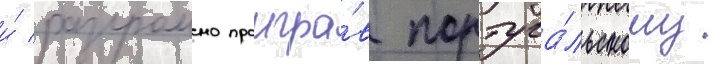
и́ разгромно проигра́в португа́льскому